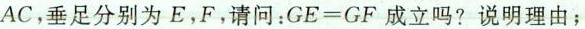
AC，垂足分别为E，F，请问：GE=GF成立吗?说明理由；